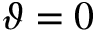
\vartheta = 0